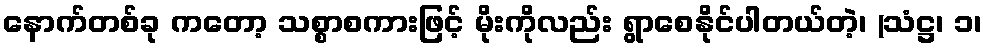
နောက်တစ်ခု ကတော့ သစ္စာစကားဖြင့် မိုးကိုလည်း ရွာစေနိုင်ပါတယ်တဲ့၊ (သံဋ္ဌ၊ ၁၊